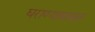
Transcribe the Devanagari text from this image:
घराण्याबाबत